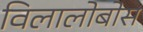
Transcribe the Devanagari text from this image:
विलालोबोस